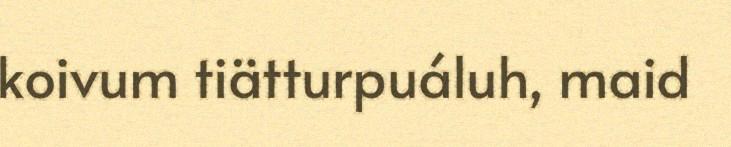
koivum tiätturpuáluh, maid